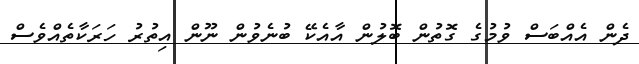
ދެން އެއްބަސް ވުމުގެ ގޮތުން ބޮލުން އާއެކޭ ބުނެވުން ނޫން އިތުރު ހަރަކާތެއްވެސް